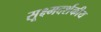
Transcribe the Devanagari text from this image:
सूक्ष्मदर्शकीय